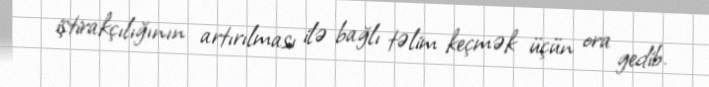
iştirakçılığının artırılması ilə bağlı təlim keçmək üçün ora gedib.